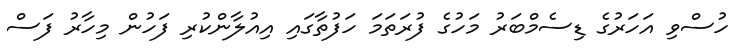
ހުސްވި އަހަރުގެ ޑިސެމްބަރު މަހުގެ ފުރަތަމަ ހަފުތާގައި އިއުލާންކުރި ފަހުން މިހާރު ފަސް